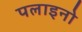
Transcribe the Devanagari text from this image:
पलाइनो